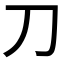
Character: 刀